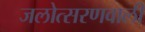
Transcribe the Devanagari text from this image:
जलोत्सरणवाली